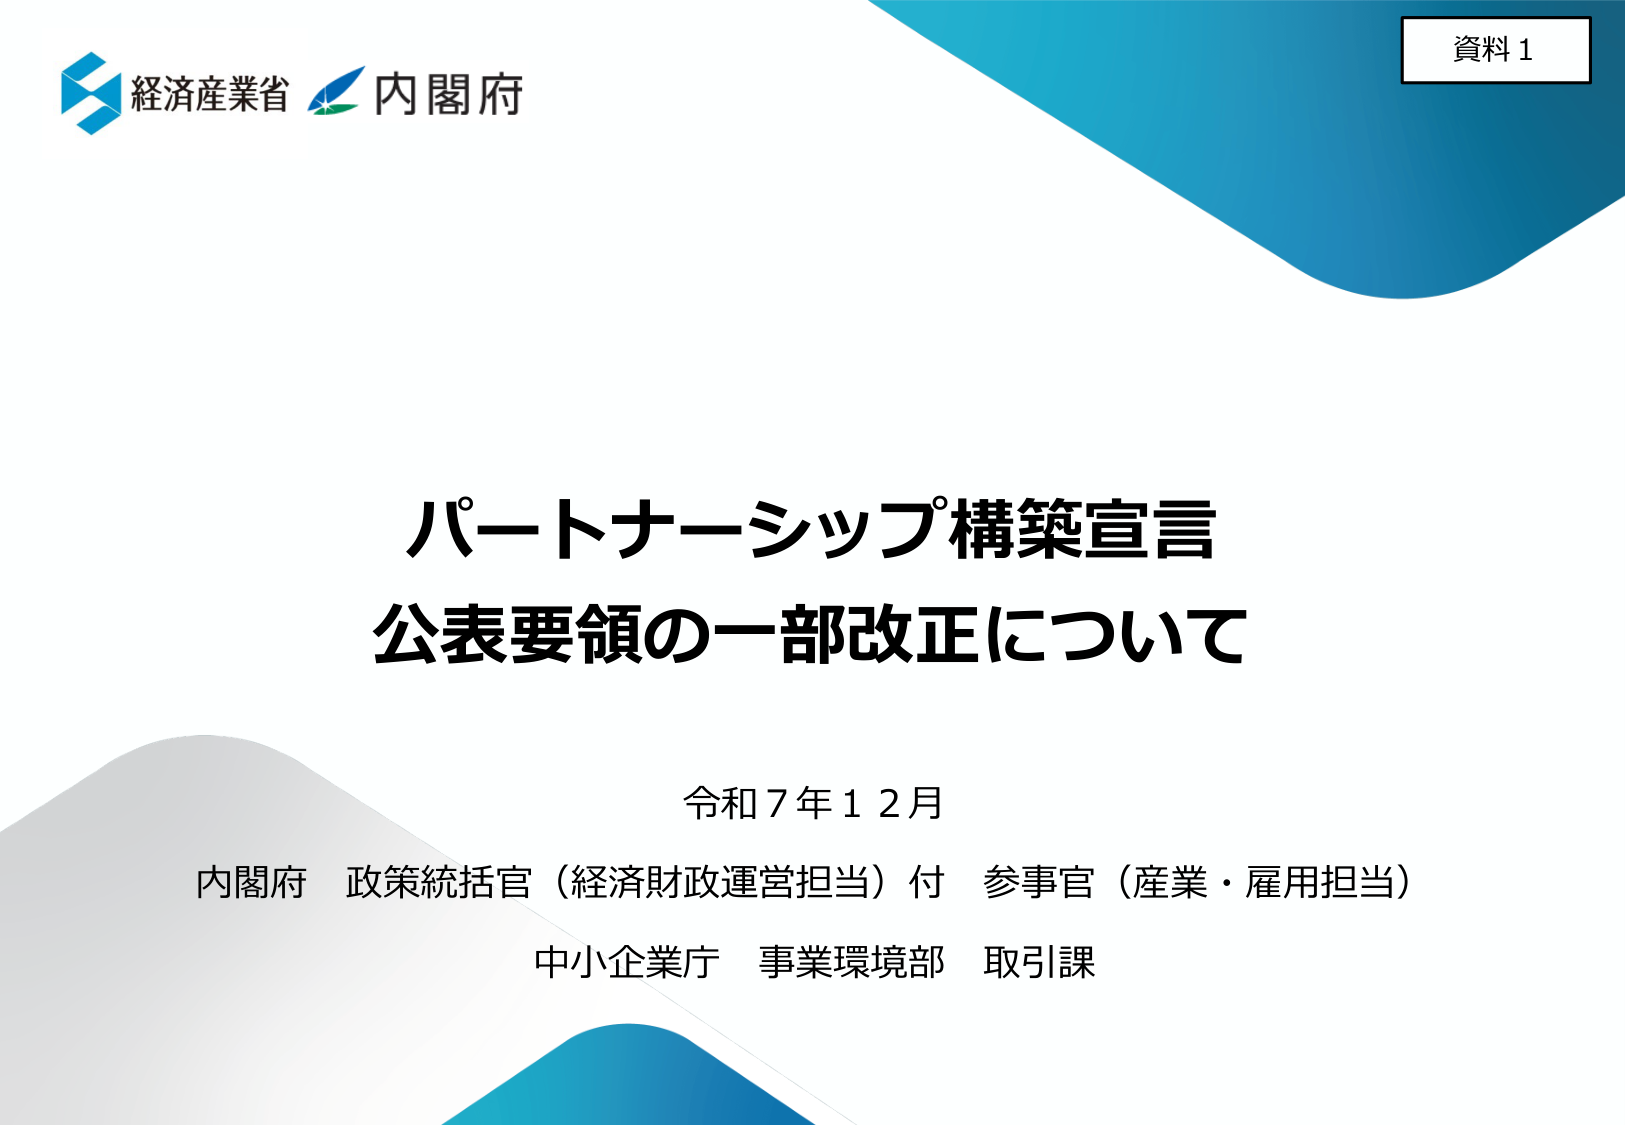
資料１
経済産業省 内閣府
パートナーシップ構築宣言
公表要領の一部改正について
令和７年１２月
内閣府 政策統括官（経済財政運営担当）付 参事官（産業・雇用担当）
中小企業庁 事業環境部 取引課